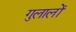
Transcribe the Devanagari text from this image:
गुलालों